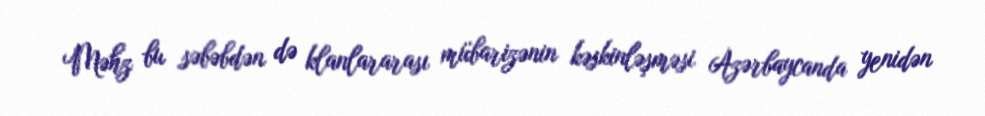
Məhz bu səbəbdən də klanlararası mübarizənin kəskinləşməsi Azərbaycanda yenidən